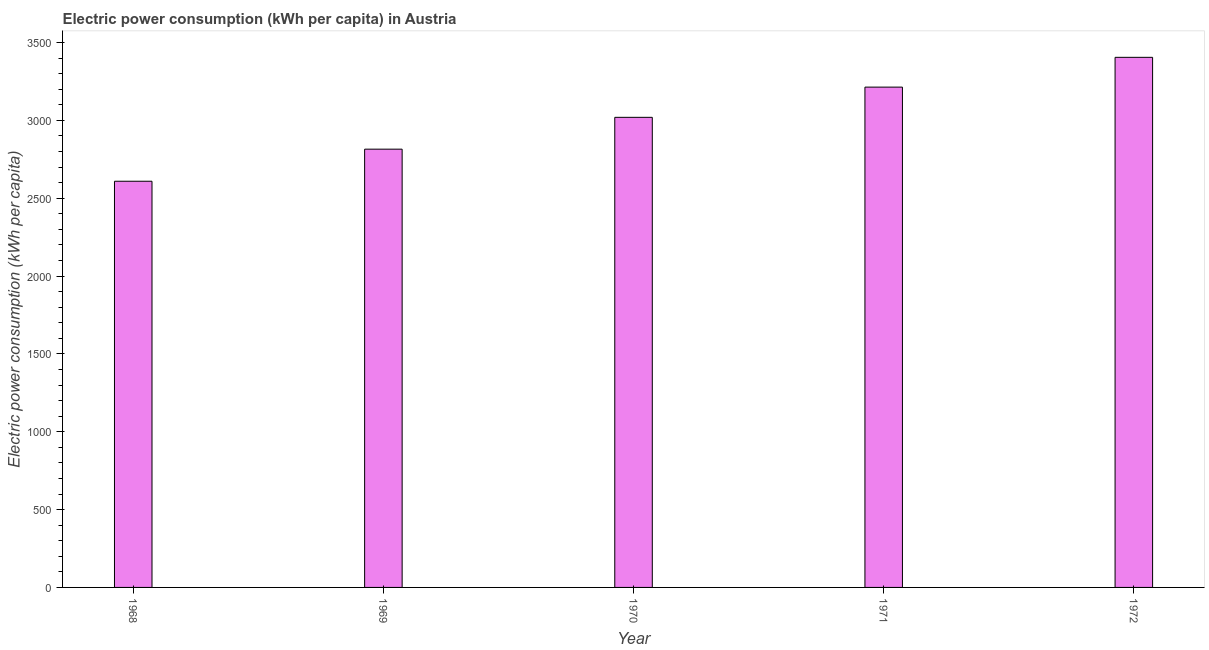
| Year | Electric power consumption |
 | --- | --- |
 | 1968 | 2.61e+03 |
 | 1969 | 2.81e+03 |
 | 1970 | 3.02e+03 |
 | 1971 | 3.21e+03 |
 | 1972 | 3.4e+03 |